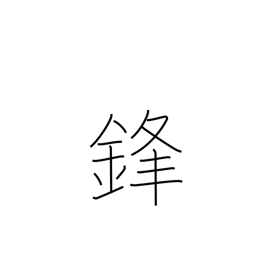
Meaning: sword's point